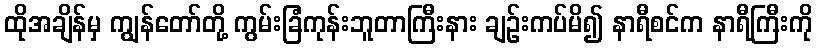
ထိုအချိန်မှ ကျွန်တော်တို့ ကွမ်းခြံကုန်းဘူတာကြီးနား ချဉ်းကပ်မိ၍ နာရီစင်က နာရီကြီးကို